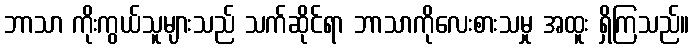
ဘာသာ ကိုးကွယ်သူများသည် သက်ဆိုင်ရာ ဘာသာကိုလေးစားသမှု အထူး ရှိကြသည်။